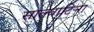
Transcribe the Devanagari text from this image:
साल्वाटिर्‍रा